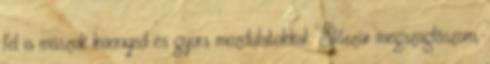
fel is mászok könnyed és gyors mozdulatokkal. Először megszaglászom,